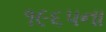
૧૯૬પના